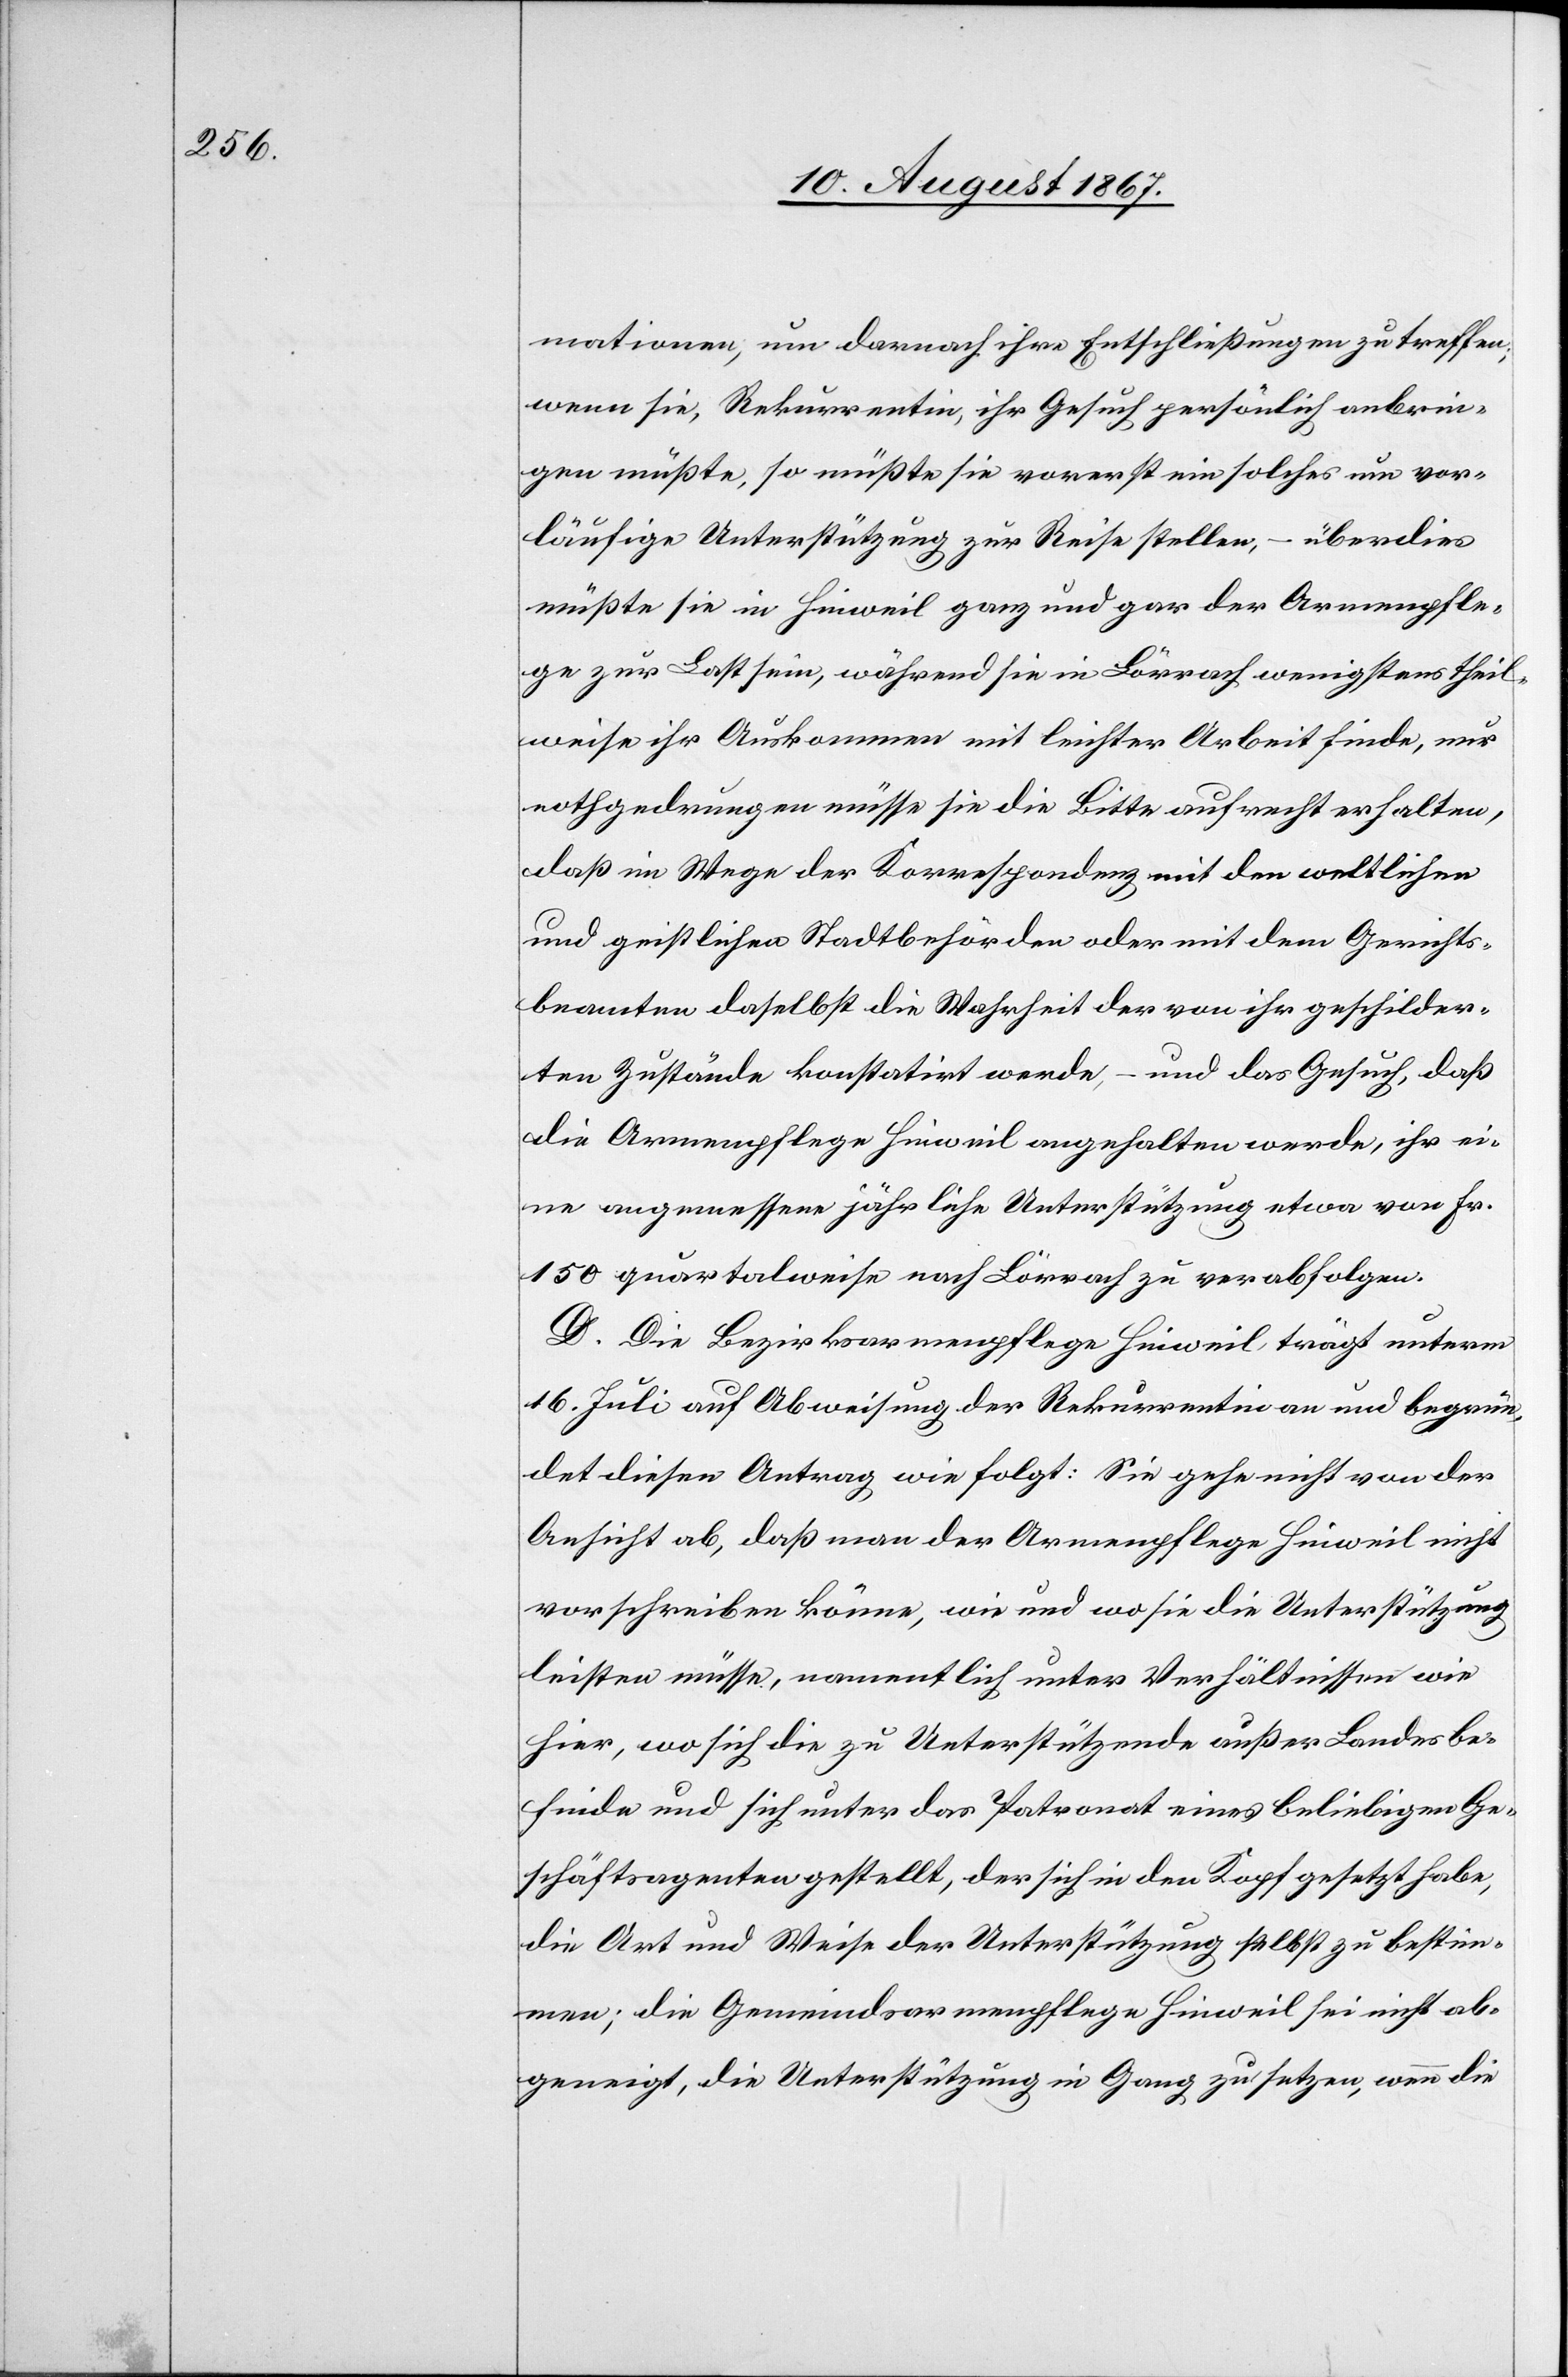
mationen, um darnach ihre Entschließungen zu treffen;
wenn sie, Rekurrentin, ihr Gesuch persönlich anbrin¬
gen müßte, so müßte sie vorerst ein solches um vor¬
läufige Unterstützung zur Reise stellen, – überdies
müßte sie in Hinweil ganz und gar der Armenpfle¬
ge zur Last sein, während sie in Lörrach wenigstens theil¬
weise ihr Auskommen mit leichter Arbeit finde, nur
nothgedrungen müsse sie die Bitte aufrecht erhalten,
daß im Wege der Korrespondenz mit den weltlichen
und geistlichen Stadtbehörden oder mit dem Gerichts¬
beamten daselbst die Wahrheit der von ihr geschilder¬
ten Zustände konstatirt werde, – und das Gesuch, daß
die Armenpflege Hinweil angehalten werde, ihr ei¬
ne angemessene jährliche Unterstützung etwa von Fr.
150 quartalweise nach Lörrach zu verabfolgen.
D. Die Bezirksarmenpflege Hinweil trägt unterm
16. Juli auf Abweisung der Rekurrentin an und begrün¬
det diesen Antrag wie folgt: Sie gehe nicht von der
Ansicht ab, daß man der Armenpflege Hinweil nicht
vorschreiben könne, wie und wo sie die Unterstützung
leisten müsse, namentlich unter Verhältnissen wie
hier, wo sich die zu Unterstützende außer Landes be¬
finde und sich unter das Patronat eines beliebigen Ge¬
schäftsagenten gestellt, der sich in den Kopf gesetzt habe,
die Art und Weise der Unterstützung selbst zu bestim¬
men; die Gemeindsarmenpflege Hinweil sei nicht ab¬
geneigt, die Unterstützung in Gang zu setzen, wenn die